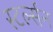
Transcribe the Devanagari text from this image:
स्टर्ल्सन